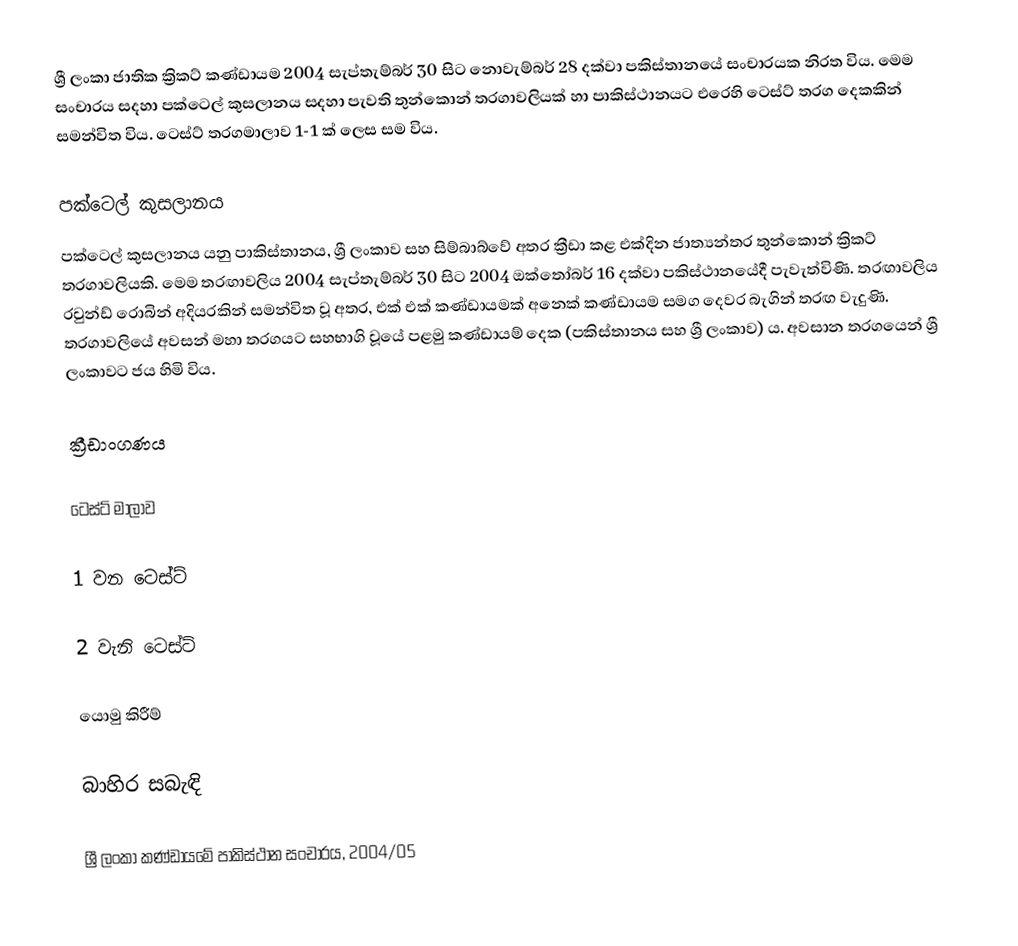
ශ්‍රී ලංකා ජාතික ක්‍රිකට් කණ්ඩායම 2004 සැප්තැම්බර් 30 සිට නොවැම්බර් 28 දක්වා පකිස්තානයේ සංචාරයක නිරත විය. මෙම සංචාරය සදහා පක්ටෙල් කුසලානය සදහා පැවති තුන්කොන් තරගාවලියක් හා පාකිස්ථානයට එරෙහි ටෙස්ට් තරග දෙකකින් සමන්විත විය. ටෙස්ට් තරගමාලාව 1-1 ක් ලෙස සම විය.

පක්ටෙල් කුසලානය
පක්ටෙල් කුසලානය යනු පාකිස්තානය, ශ්‍රී ලංකාව සහ සිම්බාබ්වේ අතර ක්‍රීඩා කළ එක්දින ජාත්‍යන්තර තුන්කොන් ක්‍රිකට් තරගාවලියකි. මෙම තරඟාවලිය 2004 සැප්තැම්බර් 30 සිට 2004 ඔක්තෝබර් 16 දක්වා පකිස්ථානයේදී පැවැත්විණි. තරඟාවලිය රවුන්ඩ් රොබින් අදියරකින් සමන්විත වූ අතර, එක් එක් කණ්ඩායමක් අනෙක් කණ්ඩායම සමග දෙවර බැගින් තරඟ වැදුණි. තරගාවලියේ අවසන් මහා තරගයට සහභාගි වූයේ පළමු කණ්ඩායම් දෙක (පකිස්තානය සහ ශ්‍රී ලංකාව) ය. අවසාන තරගයෙන් ශ්‍රී ලංකාවට ජය හිමි විය.

ක්‍රීඩාංගණය

ටෙස්ට් මාලාව

1 වන ටෙස්ට්

2 වැනි ටෙස්ට්

යොමු කිරීම්

බාහිර සබැඳි

 ශ්‍රී ලංකා කණ්ඩායමේ පාකිස්ථාන සංචාරය, 2004/05